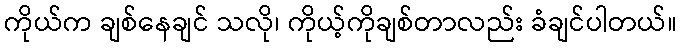
ကိုယ်က ချစ်နေချင် သလို၊ ကိုယ့်ကိုချစ်တာလည်း ခံချင်ပါတယ်။